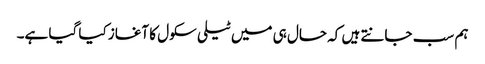
ہم سب جانتے ہیں کہ حال ہی میں ٹیلی سکول کا آغاز کیا گیا ہے۔